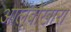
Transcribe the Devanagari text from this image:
आलूबोखारा